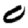
Digit: 0